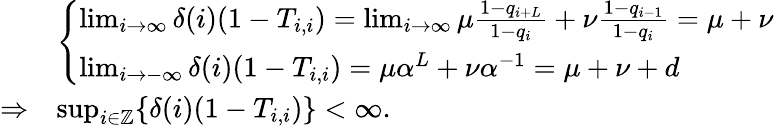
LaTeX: \begin{array}{rl}&{\left\{ \begin{array}{ll}{\operatorname*{lim}_{i\to\infty}\delta(i)(1-T_{i,i})=\operatorname*{lim}_{i\to\infty}\mu\frac{1-q_{i+L}}{1-q_{i}}+\nu\frac{1-q_{i-1}}{1-q_{i}}=\mu+\nu}\\ {\operatorname*{lim}_{i\to-\infty}\delta(i)(1-T_{i,i})=\mu\alpha^{L}+\nu\alpha^{-1}=\mu+\nu+d}\end{array}\right.}\\ {\Rightarrow}&{\operatorname*{sup}_{i\in\mathbb{Z}}\{ \delta(i)(1-T_{i,i})\} <\infty.}\end{array}